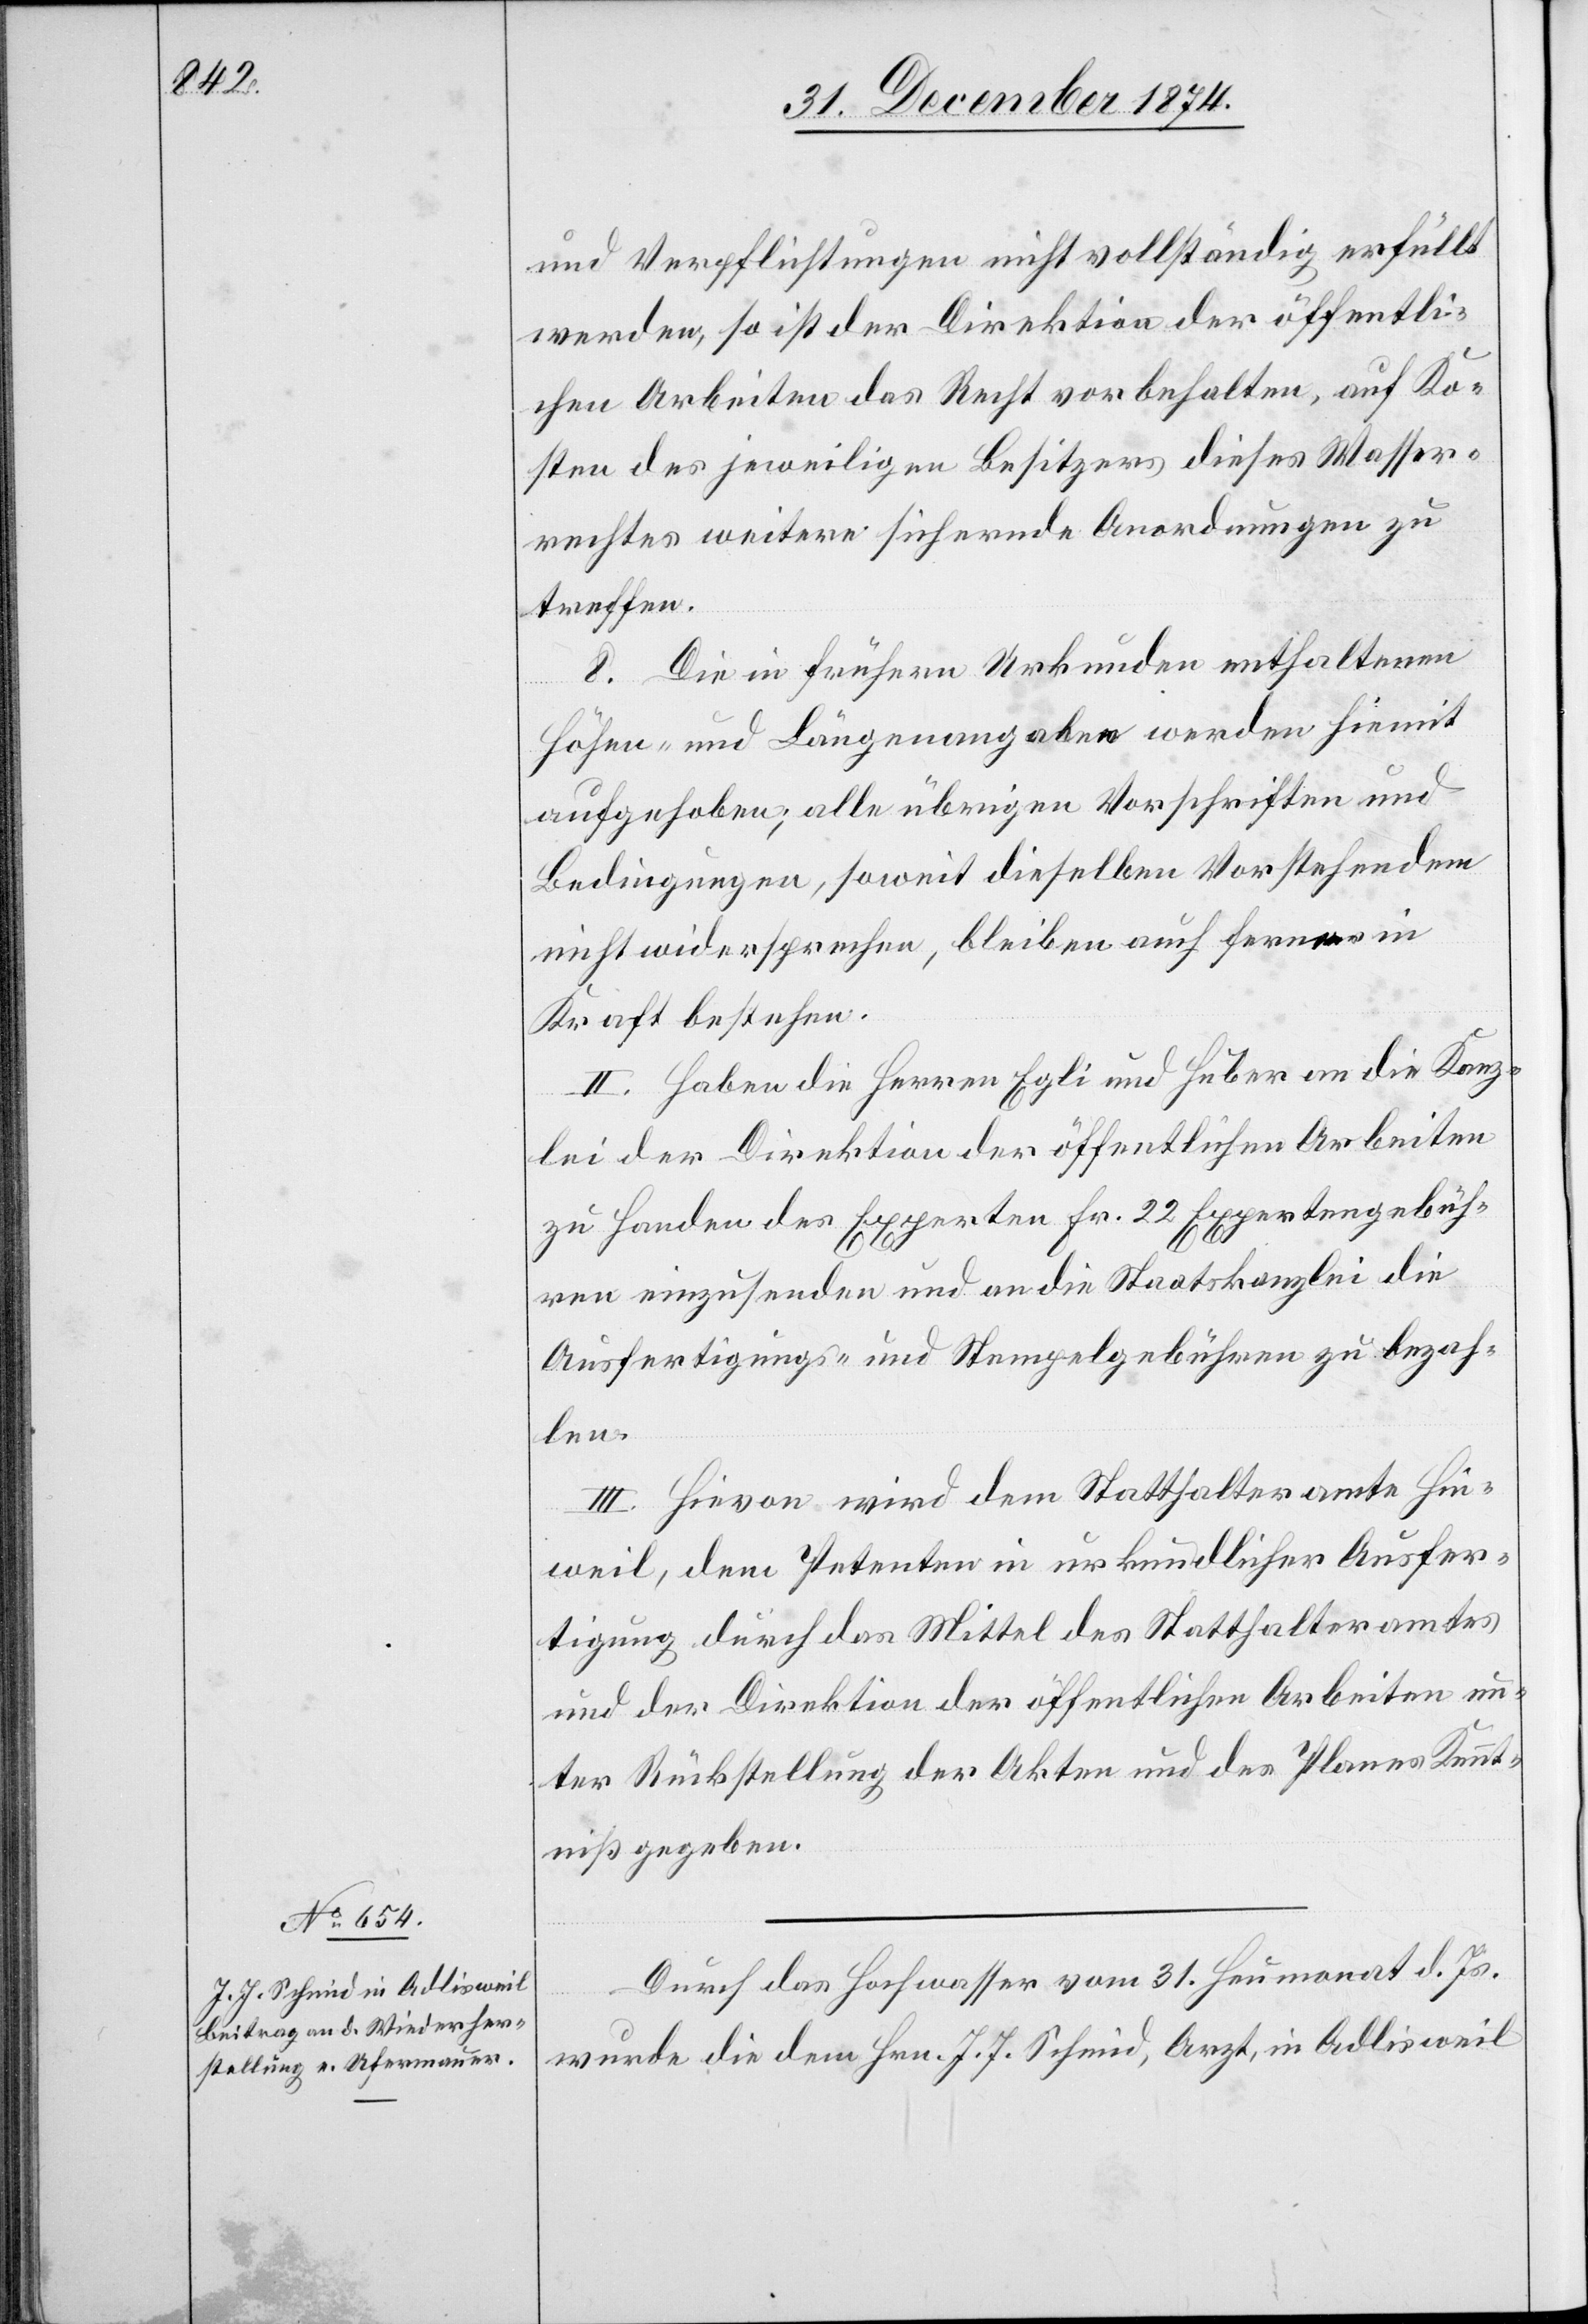
und Verpflichtungen nicht vollständig erfüllt
werden, so ist der Direktion der öffentli¬
chen Arbeiten das Recht vorbehalten, auf Ko¬
sten des jeweiligen Besitzers dieses Wasser¬
rechtes weitere sichernde Anordnungen zu
treffen.
8. Die in frühern Urkunden enthaltenen
Höhen- und Längenangaben werden hiemit
aufgehoben; alle übrigen Vorschriften und
Bedingungen, soweit dieselben Vorstehendem
nicht widersprechen, bleiben auch ferner in
Kraft bestehen.
II. Haben die Herren Egli und Huber an die Kanz¬
lei der Direktion der öffentlichen Arbeiten
zu Handen des Experten Fr. 22 Expertengebüh¬
ren einzusenden und an die Staatskanzlei die
Ausfertigungs- und Stempelgebühren zu bezah¬
len.
III. Hievon wird dem Statthalteramte Hin¬
weil, dem Petenten in urkundlicher Ausfer¬
tigung durch das Mittel des Statthalteramtes
und der Direktion der öffentlichen Arbeiten un¬
ter Rückstellung der Akten und des Planes Kennt¬
niß gegeben.
Durch das Hochwasser vom 31. Heumonat d. Js.
wurde die dem Hrn. J. J. Schmid, Arzt, in Adlisweil